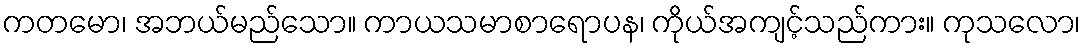
ကတမော၊ အဘယ်မည်သော။ ကာယသမာစာရောပန၊ ကိုယ်အကျင့်သည်ကား။ ကုသလော၊